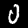
Label: 0